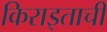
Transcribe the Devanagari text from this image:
किराइताचीं